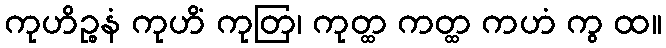
ကုဟိဉ္စနံ ကုဟိံ ကုတြ၊ ကုတ္ထ ကတ္ထ ကဟံ ကွ ထ။